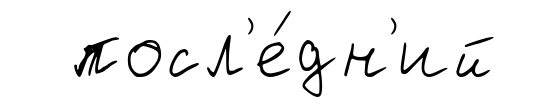
посл'е́дн'ий